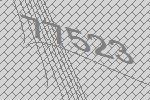
77523